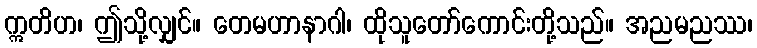
ဣတိဟ၊ ဤသို့လျှင်။ တေမဟာနာဂါ၊ ထိုသူတော်ကောင်းတို့သည်။ အညမညဿ၊